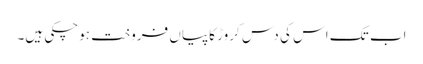
اب تک اس کی دس کروڑ کاپیاں فروخت ہوچکی ہیں۔